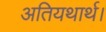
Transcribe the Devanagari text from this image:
अतियथार्थ।